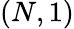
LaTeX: (N,1)